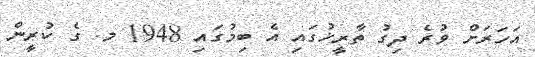
އަހަރަށް ވުރެ ދިގު ތާރީޚުގައި އެ ބިމުގައި 1948 މ. ގެ ކުރީން